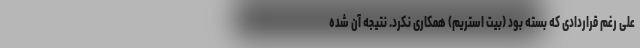
علی رغم قراردادی که بسته بود (بیت استریم) همکاری نکرد. نتیجه آن شده